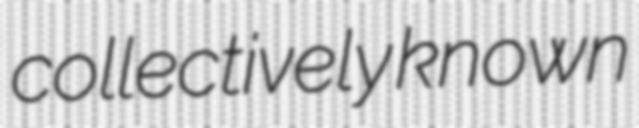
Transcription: collectively known